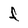
Character: f